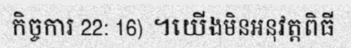
កិច្ចការ 22: 16) ។យើងមិនអនុវត្តពិធី